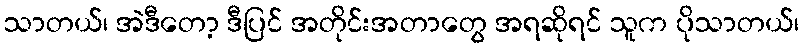
သာတယ်၊ အဲဒီတော့ ဒီပြင် အတိုင်းအတာတွေ အရဆိုရင် သူက ပိုသာတယ်၊